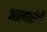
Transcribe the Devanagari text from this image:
आल्गारोत्ती